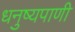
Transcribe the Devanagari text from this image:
धनुष्यपाणी